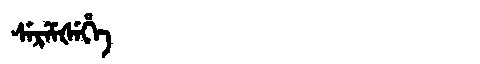
Manchu: ᠰᡝᡵᡝᠮᡧᡝᡥᡝ
Romanization: SEREMŠEHE